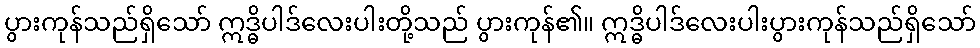
ပွားကုန်သည်ရှိသော် ဣဒ္ဓိပါဒ်လေးပါးတို့သည် ပွားကုန်၏။ ဣဒ္ဓိပါဒ်လေးပါးပွားကုန်သည်ရှိသော်